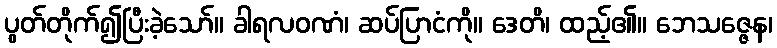
ပွတ်တိုက်၍ပြီးခဲ့သော်။ ခါရလဝဏံ၊ ဆပ်ပြာငံကို။ ဒေတိ၊ ထည့်၏။ ဘေသဇ္ဇေန၊